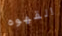
القهوه